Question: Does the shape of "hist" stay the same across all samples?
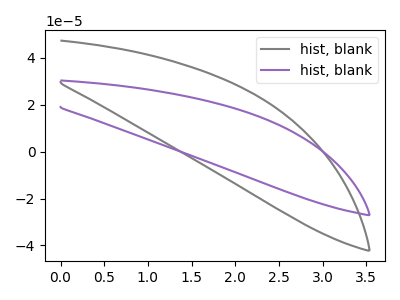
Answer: <think>The gray curve "hist, blank1" has no peaks. The purple curve "hist, blank2" has no peaks.
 Neither "hist, blank1" or "hist, blank2" have any peaks.</think>
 <answer>All the CV's of "hist" have similar shape.</answer>
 <eval>follow_rule</eval>